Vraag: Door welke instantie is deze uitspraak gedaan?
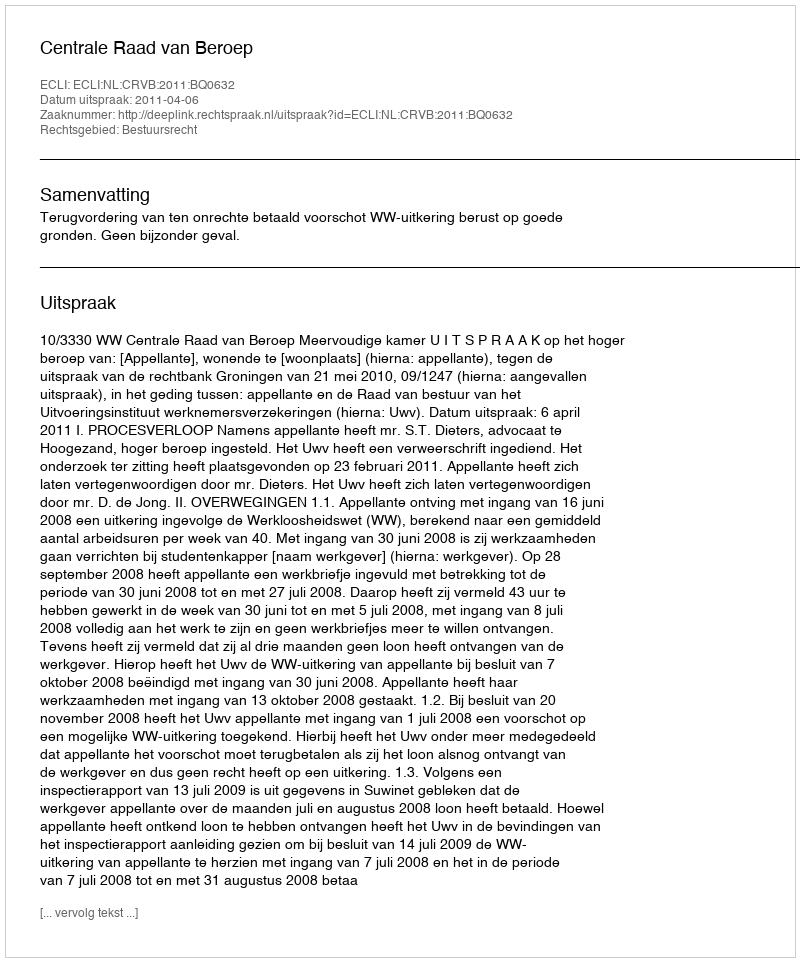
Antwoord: Centrale Raad van Beroep